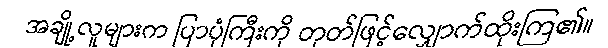
အချို့လူများက ပြာပုံကြီးကို တုတ်ဖြင့်လျှောက်ထိုးကြ၏။